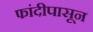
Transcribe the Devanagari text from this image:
फांदीपासून